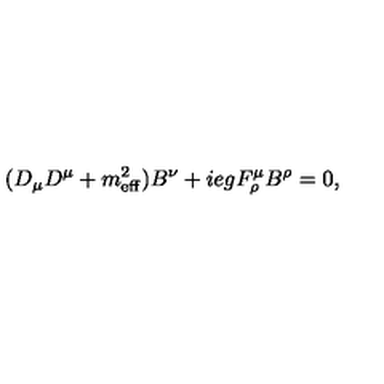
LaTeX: ( D _ { \mu } D ^ { \mu } + m _ { \mathrm { e f f } } ^ { 2 } ) B ^ { \nu } + i e g F _ { \rho } ^ { \mu } B ^ { \rho } = 0 ,